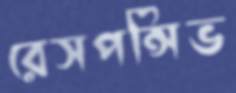
রেসপন্সিভ